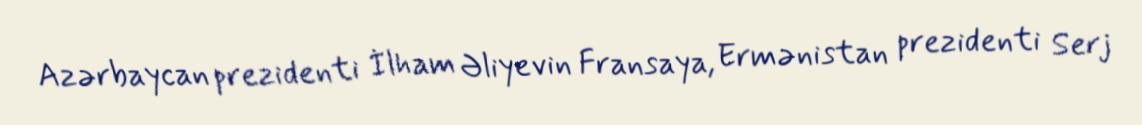
Azərbaycan prezidenti İlham Əliyevin Fransaya, Ermənistan prezidenti Serj